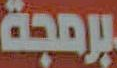
برمجة